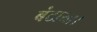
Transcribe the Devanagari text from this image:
बंटाया।